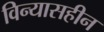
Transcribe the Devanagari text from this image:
विन्यासहीन